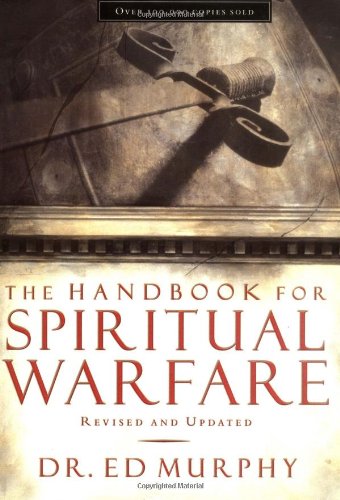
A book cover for The Handbook for Spiritual Warfare: Revised and   Updated; Ed Murphy; Christian Books & Bibles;